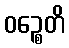
ဝဉ္စေတိ